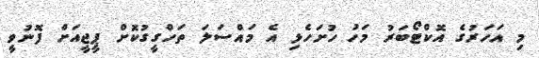
މި އަހަރުގެ އޮކްޓޯބަރު މަހު ހުށަހެޅި އެ މައްސަލަ ތަހްގީގުކޮށް ޕީޖީއަށް ފޮނުވީ